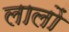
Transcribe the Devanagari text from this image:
लालों